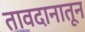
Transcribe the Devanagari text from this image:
तावदानातून